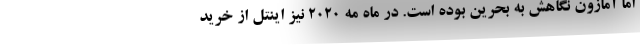
اما آمازون نگاهش به بحرین بوده است. در ماه مه ۲۰۲۰ نیز اینتل از خرید